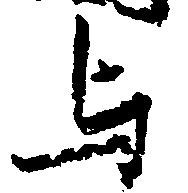
与